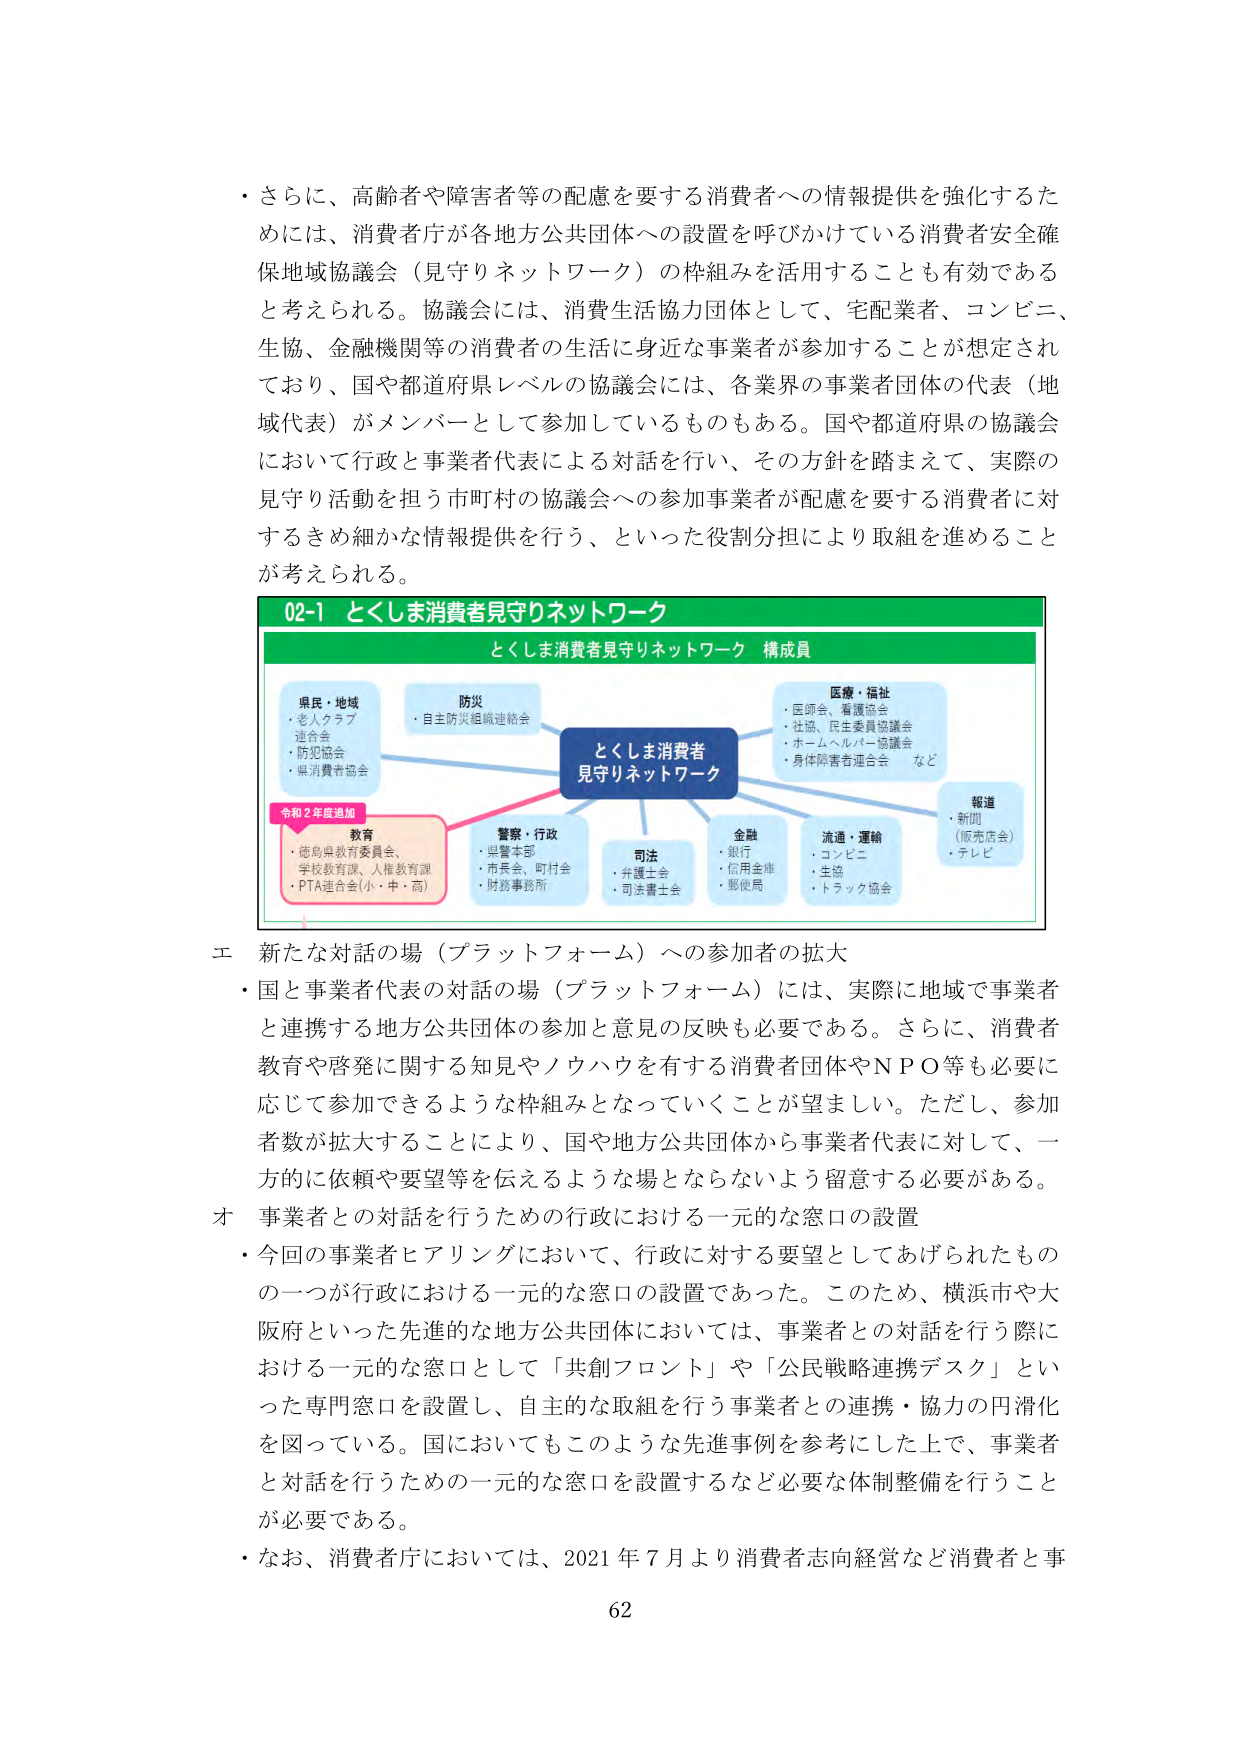
・さらに、高齢者や障害者等の配慮を要する消費者への情報提供を強化するためには、消費者庁が各地方公共団体への設置を呼びかけている消費者安全確保地域協議会（見守りネットワーク）の枠組みを活用することも有効であると考えられる。協議会には、消費生活協力団体として、宅配業者、コンビニ、生協、金融機関等の消費者の生活に身近な事業者が参加することが想定されており、国や都道府県レベルの協議会には、各業界の事業者団体の代表（地域代表）がメンバーとして参加しているものもある。国や都道府県の協議会において行政と事業者代表による対話を行い、その方針を踏まえて、実際の見守り活動を担う市町村の協議会への参加事業者が配慮を要する消費者に対するきめ細かな情報提供を行う、といった役割分担により取組を進めることが考えられる。

02-1 とくしま消費者見守りネットワーク
とくしま消費者見守りネットワーク 構成員

県民・地域
・老人クラブ連合会
・防犯協会
・県消費者協会

防災
・自主防災組織連絡会

とくしま消費者
見守りネットワーク

医療・福祉
・医師会、看護協会
・社協、民生委員協議会
・ホームヘルパー協議会
・身体障害者連合会 など

報道
・新聞（販売店会）
・テレビ

教育
・徳島県教育委員会、
学校教育課、人権教育課
・PTA連合会（小・中・高）

警察・行政
・県警本部
・市長会、町村会
・財務事務所

司法
・弁護士会
・司法書士会

金融
・銀行
・信用金庫
・郵便局

流通・運輸
・コンビニ
・生協
・トラック協会

令和2年度追加

エ 新たな対話の場（プラットフォーム）への参加者の拡大
・国と事業者代表の対話の場（プラットフォーム）には、実際に地域で事業者と連携する地方公共団体の参加と意見の反映も必要である。さらに、消費者教育や啓発に関する知見やノウハウを有する消費者団体やＮＰＯ等も必要に応じて参加できるような枠組みとなっていくことが望ましい。ただし、参加者数が拡大することにより、国や地方公共団体から事業者代表に対して、一方的に依頼や要望等を伝えるような場とならないよう留意する必要がある。

オ 事業者との対話を行うための行政における一元的な窓口の設置
・今回の事業者ヒアリングにおいて、行政に対する要望としてあげられたものの一つが行政における一元的な窓口の設置であった。このため、横浜市や大阪府といった先進的な地方公共団体においては、事業者との対話を行う際における一元的な窓口として「共創フロント」や「公民戦略連携デスク」といった専門窓口を設置し、自主的な取組を行う事業者との連携・協力の円滑化を図っている。国においてもこのような先進事例を参考にした上で、事業者と対話を行うための一元的な窓口を設置するなど必要な体制整備を行うことが必要である。

・なお、消費者庁においては、2021年7月より消費者志向経営など消費者と事

62